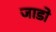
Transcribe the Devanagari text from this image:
जाडो